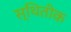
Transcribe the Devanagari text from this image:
स्थितीक